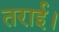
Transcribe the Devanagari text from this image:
तराई।